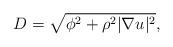
LaTeX: \begin{align*}D=\sqrt{\phi^2+\rho^2|\nabla u|^2},\end{align*}